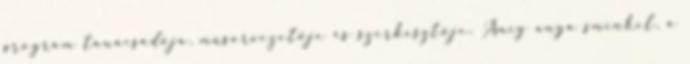
program­ tanácsadója, műsorvezetője és szerkesztője. Amíg anya sminkel, a